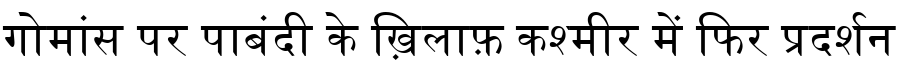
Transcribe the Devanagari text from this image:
गोमांस पर पाबंदी के ख़िलाफ़ कश्मीर में फिर प्रदर्शन